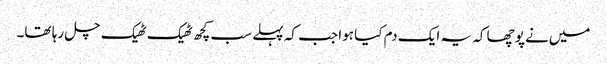
میں‌نے پوچھا کہ یہ ایک دم کیا ہوا جب کہ پہلے سب کچھ ٹھیک ٹھیک چل رہا تھا۔